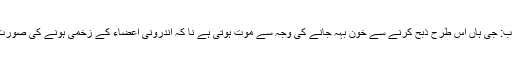
باب: جی ہاں اس طرح ذبح کرنے سے خون بہہ جانے کی وجہ سے موت ہوتی ہے نا کہ اندرونی اعضاء کے زخمی ہونے کی صورت۔